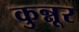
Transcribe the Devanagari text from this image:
कुन्नूर